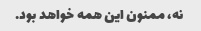
نه، ممنون این همه خواهد بود.